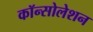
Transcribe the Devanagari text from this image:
कॉन्सोलेशन